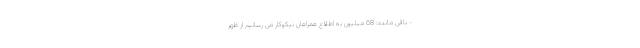
- باقی مانده: 68 میلیون به اطلاع همراهان نیکوکار می رسانیم از ظهر